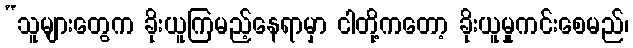
“သူများတွေက ခိုးယူကြမည့်နေရာမှာ ငါတို့ကတော့ ခိုးယူမှုကင်းစေမည်၊